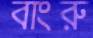
বাংরু